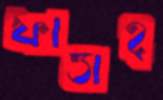
ফাত্তাহ্